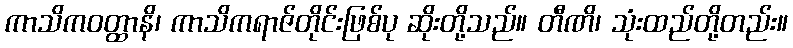
ကာသိကဝတ္ထာနိ၊ ကာသိကရာဇ်တိုင်းဖြစ်ပု ဆိုးတို့သည်။ တီဏိ၊ သုံးထည်တို့တည်း။